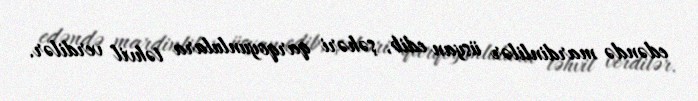
edəndə mardinlilər üsyan edib, şəhəri qarqoyunlulara təhvil verdilər.